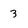
Character: 3